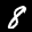
Label: 8